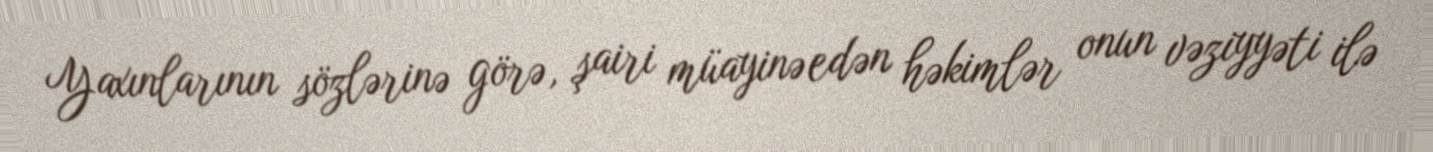
Yaxınlarının sözlərinə görə, şairi müayinə edən həkimlər onun vəziyyəti ilə